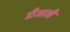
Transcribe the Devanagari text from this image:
डीआसी